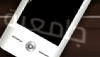
جامعية